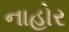
નાહોર